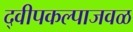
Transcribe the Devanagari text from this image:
द्वीपकल्पाजवळ